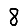
Digit: 8